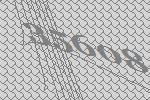
35608